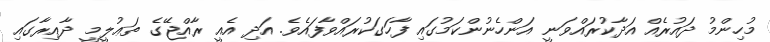
މުހިންމު ދައުރެއް އަދާކުރައްވަނީ އަންހެނުންކަމުގައި ފާހަގަކުރައްވާފައެވެ. އަދި އެއީ ރާއްޖޭގެ ތަޢުލީމީ ދާއިރާގައި